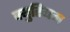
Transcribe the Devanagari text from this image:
क्युरियम